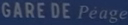
GARE DE Pege